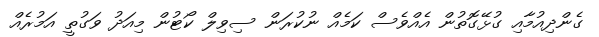
ގެންދިއުމާއި ގުޅޭގޮތުން އެއްވެސް ކަމެއް ނުކުރަން ސިވިލް ކޯޓުން މިއަދު ވަގުތީ އަމުރެއް